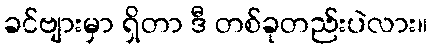
ခင်ဗျားမှာ ရှိတာ ဒီ တစ်ခုတည်းပဲလား။